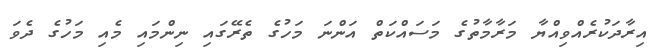
އިރާދަކުރެއްވިއްޔާ މަރާމާތުގެ މަސައްކަތް އަންނަ މަހުގެ ތެރޭގައި ނިންމައި މެއި މަހުގެ ދެވަ